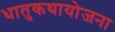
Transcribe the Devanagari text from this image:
धातुकथायोजना